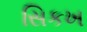
સિકખ